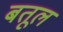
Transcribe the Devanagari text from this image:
बतूल